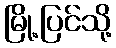
မြို့ပြင်သို့